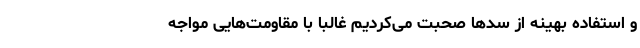
و استفاده بهینه از سدها صحبت می‌کردیم غالبا با مقاومت‌هایی مواجه